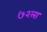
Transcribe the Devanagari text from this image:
७२ला